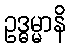
ဥဒ္ဓမ္မာနိ